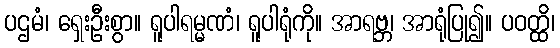
ပဌမံ၊ ရှေးဦးစွာ။ ရူပါရမ္မဏံ၊ ရူပါရုံကို။ အာရဗ္ဘ၊ အာရုံပြု၍။ ပဝတ္ထိ၊